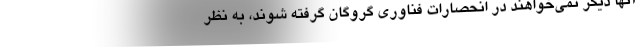
آنها دیگر نمی‌خواهند در انحصارات فناوری گروگان گرفته شوند، به نظر